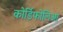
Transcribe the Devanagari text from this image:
कोर्डिफोलिआ